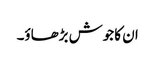
ان کا جوش بڑھاؤ۔